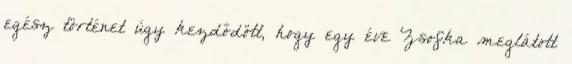
egész történet úgy kezdődött, hogy egy éve Zsofka meglátott